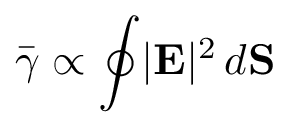
\bar { \gamma } \propto \oint \lvert { \bf E } \rvert ^ { 2 } \, d { \bf S }